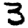
Digit: 3